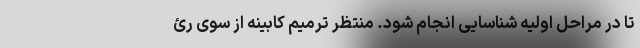
تا در مراحل اولیه شناسایی انجام شود. منتظر ترمیم کابینه از سوی رئ